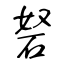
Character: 砮